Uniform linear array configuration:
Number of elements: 4
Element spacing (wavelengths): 0.5
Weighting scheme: binomial
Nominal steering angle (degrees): -60
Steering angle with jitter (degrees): -61.297
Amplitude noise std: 0.05
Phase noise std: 0.05

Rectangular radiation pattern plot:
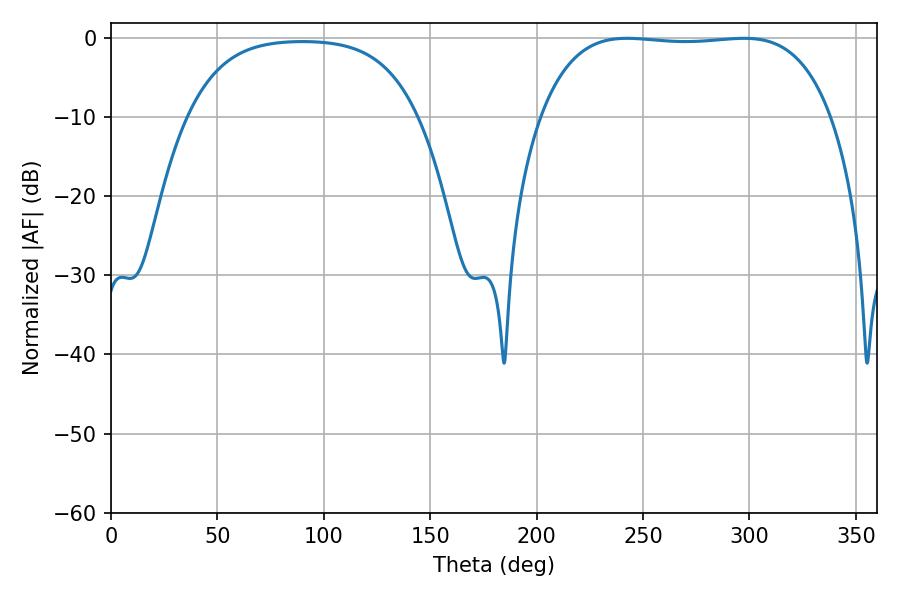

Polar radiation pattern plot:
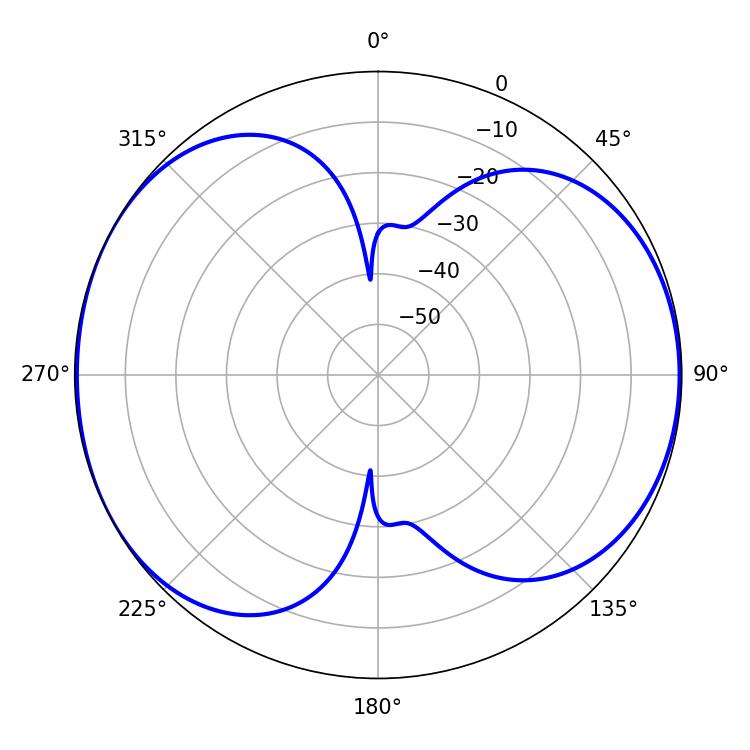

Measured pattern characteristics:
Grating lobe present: FALSE
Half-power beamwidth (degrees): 107.64
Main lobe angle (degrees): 242.46